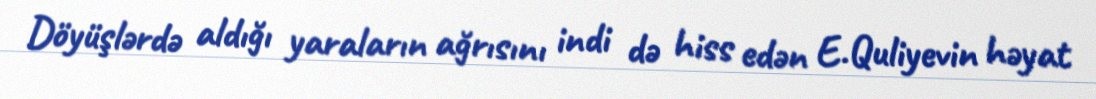
Döyüşlərdə aldığı yaraların ağrısını indi də hiss edən E.Quliyevin həyat